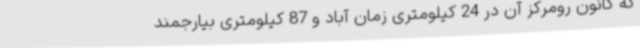
که کانون رومرکز آن در 24 کیلومتری زمان آباد و 87 کیلومتری بیارجمند